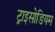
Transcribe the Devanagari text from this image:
ट्राइसोडियम